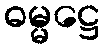
ဓမ္မဋ္ဌေ